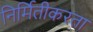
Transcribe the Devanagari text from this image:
निर्मितीकरता